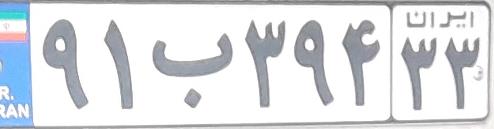
۹۱ب۳۹۴۳۳